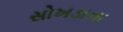
સોખડાના